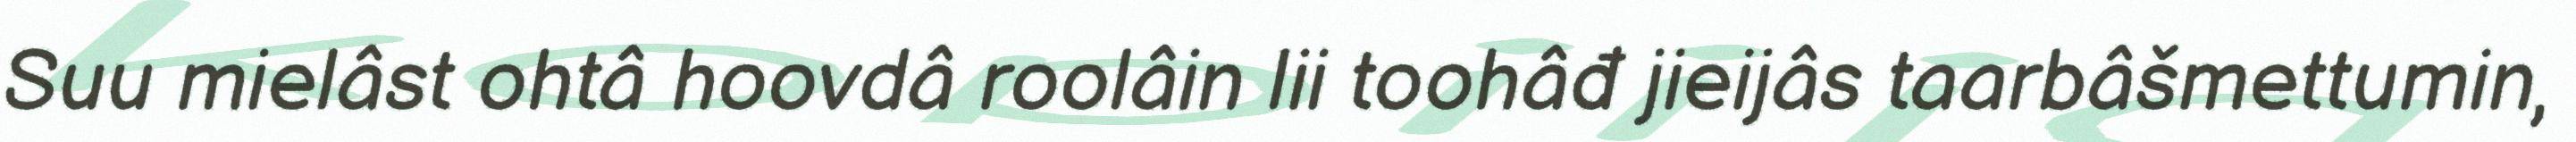
Suu mielâst ohtâ hoovdâ roolâin lii toohâđ jieijâs taarbâšmettumin,